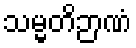
သမ္မတိဉာဏံ